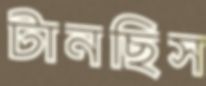
টানছিস